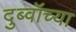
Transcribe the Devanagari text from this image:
दुब्वॉच्या